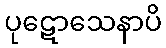
ပုဋောသေနာပိ